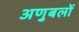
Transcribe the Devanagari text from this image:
अणुबलों